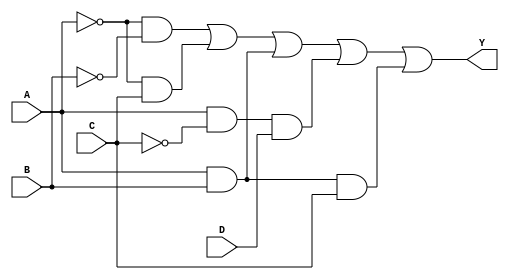
module kmap_4var (
    input wire A,  // First input variable
    input wire B,  // Second input variable
    input wire C,  // Third input variable
    input wire D,  // Fourth input variable
    output wire Y  // Output of the combinational logic block
);

// K-map simplification based on the hypothetical truth table
// Let's assume the K-map has the following '1's:
// Minterms: 0, 1, 2, 5, 6, 7, 8, 9, 10, 14
// This corresponds to the simplified expression: Y = A'B' + A'C + AB + AC'D + ABC

assign Y = (~A & ~B) | (~A & C) | (A & B) | (A & ~C & D) | (A & B & C);

endmodule